Report of the Indian Hemp Drugs Commission, 1894-1895 - Volume IV
Year: 1894
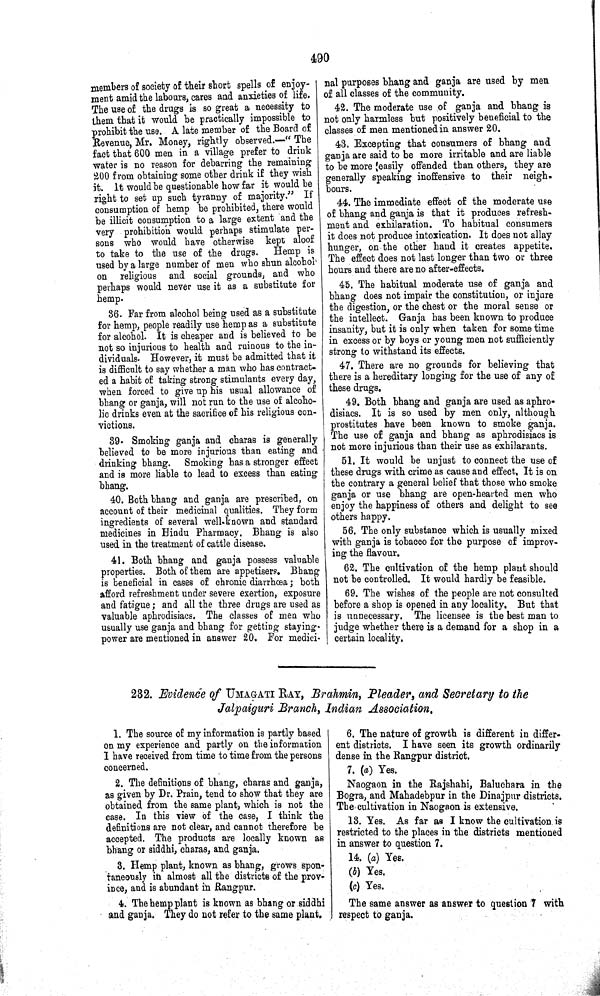
490
members of society of their short spells of enjoy-
ment amid the labours, cares and anxieties of life.
The use of the drugs is so great a necessity to
them that it would be practically impossible to
prohibit the use. A late member of the Board of
Revenue, Mr. Money, rightly observed.—" The
fact that 600 men in a village prefer to drink
water is no reason for debarring the remaining
200 from obtaining some other drink if they wish
it. It would be questionable how far it would be
right to set up such tyranny of majority." If
consumption of hemp be prohibited, there would
be illicit consumption to a large extent and the
very prohibition would perhaps stimulate per-
sons who would have otherwise kept aloof
to take to the use of the drugs.
Hemp is
used by a large number of men who shun alcohol
on religious and social grounds, and who
perhaps would never use it as a substitute for
hemp.
36. Far from alcohol being used as a substitute
for hemp, people readily use hemp as a substitute
for alcohol. It is cheaper and is believed to be
not so injurious to health and ruinous to the in-
dividuals. However, it must be admitted that it
is difficult to say whether a man who has contract-
ed a habit of taking strong stimulants every day,
when forced to give up his usual allowance of
bhang or ganja, will not run to the use of alcoho-
lic drinks even at the sacrifice of his religious con-
victions.
39. Smoking ganja and charas is generally
believed to be more injurious than eating and
drinking bhang. Smoking has a stronger effect
and is more liable to lead to excess than eating
bhang.
40. Both bhang and ganja are prescribed, on
account of their medicinal qualities. They form
ingredients of several well-known and standard
medicines in Hindu Pharmacy. Bhang is also
used in the treatment of cattle disease.
41. Both bhang and ganja possess valuable
properties. Both of them are appetisers. Bhang
is beneficial in cases of chronic diarrhœa; both
afford refreshment under severe exertion, exposure
and fatigue; and all the three drugs are used as
valuable aphrodisiacs. The classes of men who
usually use ganja and bhang for getting staying-
power are mentioned in answer 20. For medici-
nal purposes bhang and ganja are used by men
of all classes of the community.
42. The moderate use of ganja and bhang is
not only harmless but positively beneficial to the
classes of men mentioned in answer 20.
43. Excepting that consumers of bhang and
ganja are said to be more irritable and are liable
to be more easily offended than others, they are
generally speaking inoffensive to their neigh-
bours.
44. The immediate effect of the moderate use
of bhang and ganja is that it produces refresh-
ment and exhilaration. To habitual consumers
it does not produce intoxication. It does not allay
hunger, on the other hand it creates appetite.
The effect does not last longer than two or three
hours and there are no after-effects.
45. The habitual moderate use of ganja and
bhang does not impair the constitution, or injure
the digestion, or the chest or the moral sense or
the intellect. Ganja has been known to produce
insanity, but it is only when taken for some time
in excess or by boys or young men not sufficiently
strong to withstand its effects.
47. There are no grounds for believing that
there is a hereditary longing for the use of any of
these drugs.
49. Both bhang and ganja are used as aphro-
disiacs. It is so used by men only, although
prostitutes have been known to smoke ganja.
The use of ganja and bhang as aphrodisiacs is
not more injurious than their use as exhilarants.
51. It would be unjust to connect the use of
these drugs with crime as cause and effect. It is on
the contrary a general belief that those who smoke
ganja or use bhang are open-hearted men who
enjoy the happiness of others and delight to see
others happy.
56. The only substance which is usually mixed
with ganja is tobacco for the purpose of improv-
ing the flavour.
62. The cultivation of the hemp plant should
not be controlled. It would hardly be feasible.
69. The wishes of the people are not consulted
before a shop is opened in any locality. But that
is unnecessary. The licensee is the best man to
judge whether there is a demand for a shop in a
certain locality.
232. Evidence of UMAGATI RAT, Brahmin, Pleader, and Secretary to the
Jalpaiguri Branch, Indian
Association.
1. The source of my information is partly based
on my experience and partly on the information
I have received from time to time from the persons
concerned.
2. The definitions of bhang, charas and ganja,
as given by Dr. Prain, tend to show that they are
obtained from the same plant, which is not the
case. In this view of the case, I think the
definitions are not clear, and cannot therefore be
accepted. The products are locally known as
bhang or siddhi, charas, and ganja.
3. Hemp plant, known as bhang, grows spon-
taneously in almost all the districts of the prov-
ince, and is abundant in Rangpur.
4. The hemp plant is known as bhang or siddhi
and ganja. They do not refer to the same plant.
6. The nature of growth is different in differ-
ent districts. I have seen its growth ordinarily
dense in the Rangpur district.
7. (a) Yes.
Naogaon in the Rajshahi, Baluchara in the
Bogra, and Mahadebpur in the Dinajpur districts.
The cultivation in Naogaon is extensive.
13. Yes. As far as I know the cultivation is
restricted to the places in the districts mentioned
in answer to question 7.
14. (a) Yes.
(b) Yes.
(c) Yes.
The same answer as answer to question 7 with
respect to ganja.